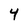
Character: 4